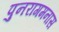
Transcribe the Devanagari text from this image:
पुनरागमनास